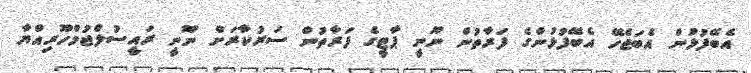
އެބޭފުޅުން އެބަޖެހޭ އެބޭފުޅުންގެ ފަރާތުން ނޫނީ ޕާޓީގެ ފަރާތުން ސަރުކާރަށް ނޫނީ ރައީސުލްޖުމްހޫރިއްޔާ